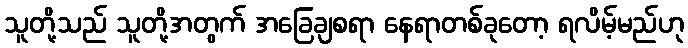
သူတို့သည် သူတို့အတွက် အခြေချစရာ နေရာတစ်ခုတော့ ရလိမ့်မည်ဟု